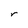
Character: r